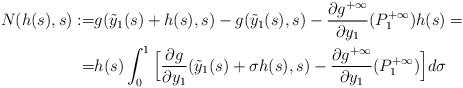
LaTeX: \begin{align*} N(h(s),s):=& g(\tilde{y}_1(s)+h(s),s)- g(\tilde{y}_1(s),s) - \frac{\partial g^{+\infty}}{\partial y_1}(P_1^{+\infty})h(s)= \\ =& h(s)\int_0^1 \Big[\frac{\partial g}{\partial y_1}(\tilde{y}_1(s)+\sigma h(s),s) -\frac{\partial g^{+\infty}}{\partial y_1} (P_1^{+\infty}) \Big] d\sigma \end{align*}